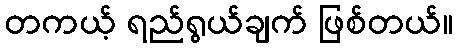
တကယ့် ရည်ရွယ်ချက် ဖြစ်တယ်။